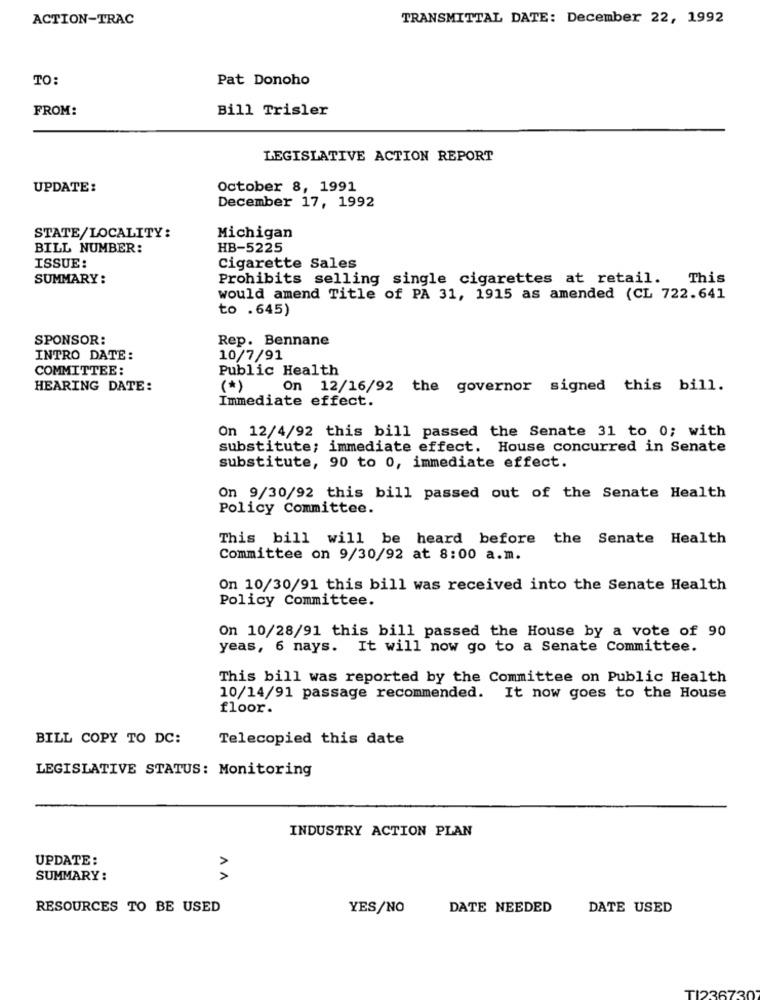
ACTION-TRAC
TRANSMITTAL DATE: December 22, 1992
TO:
Pat Donoho
FROM:
Bill Trisler
LEGISLATIVE ACTION REPORT
UPDATE:
October 8, 1991
December 17, 1992
STATE/LOCALITY:
Michigan
BILL NUMBER:
HB-5225
ISSUE:
Cigarette Sales
SUMMARY:
Prohibits selling single cigarettes at retail. This
would amend Title of PA 31, 1915 as amended (CL 722.641
to .645)
SPONSOR:
Rep. Bennane
INTRO DATE:
10/7/91
COMMITTEE:
Public Health
HEARING DATE:
(*)
On 12/16/92 the governor signed this bill.
Immediate effect.
On 12/4/92 this bill passed the Senate 31 to 0; with
substitute; immediate effect. House concurred in Senate
substitute, 90 to 0, immediate effect.
On 9/30/92 this bill passed out of the Senate Health
Policy Committee.
This bill will be heard before the Senate Health
Committee on 9/30/92 at 8:00 a.m.
On 10/30/91 this bill was received into the Senate Health
Policy Committee.
On 10/28/91 this bill passed the House by a vote of 90
yeas, 6 nays. It will now go to a Senate Committee.
This bill was reported by the Committee on Public Health
10/14/91 passage recommended. It now goes to the House
floor.
BILL COPY TO DC:
Telecopied this date
LEGISLATIVE STATUS: Monitoring
INDUSTRY ACTION PLAN
UPDATE :
SUMMARY:
AN
RESOURCES TO BE USED
YES/NO
DATE NEEDED
DATE USED
123